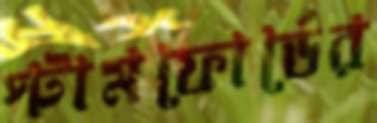
স্টামফোর্ডের